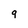
Character: 9